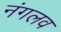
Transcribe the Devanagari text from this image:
नंगलव